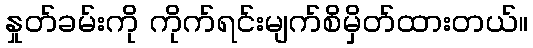
နှုတ်ခမ်းကို ကိုက်ရင်းမျက်စိမှိတ်ထားတယ်။